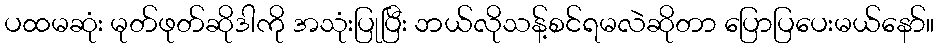
ပထမဆုံး မုတ်ဖုတ်ဆိုဒါကို အသုံးပြုပြီး ဘယ်လိုသန့်စင်ရမလဲဆိုတာ ပြောပြပေးမယ်နော်။